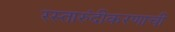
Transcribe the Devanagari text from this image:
रस्तारुंदीकरणाची